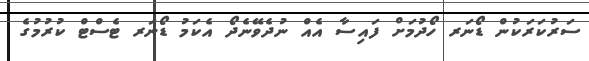
ސަރުކަރަކުން ޑޯނަރ ހޯދުމަށް ފައިސާ އެއް ނުދެވޭނެދޯ އެކަމު ޑޯނަރ ޓެސްޓް ކުރުމުގެ